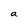
Character: a